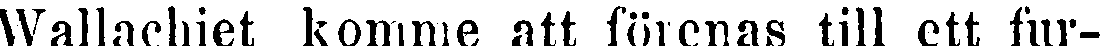
Wallachiet komme att förenas till ett fur-